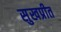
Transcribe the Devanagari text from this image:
सुखप्रीत